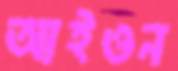
আইওন